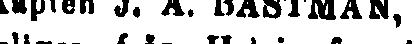
Kapten J. A. BASTMAN,